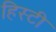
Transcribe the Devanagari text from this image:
हिस्टी